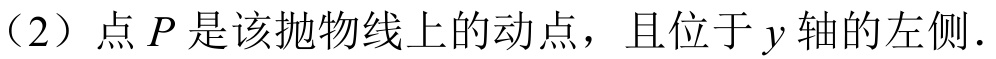
（2）点\(P\)是该抛物线上的动点，且位于\(y\)轴的左侧.